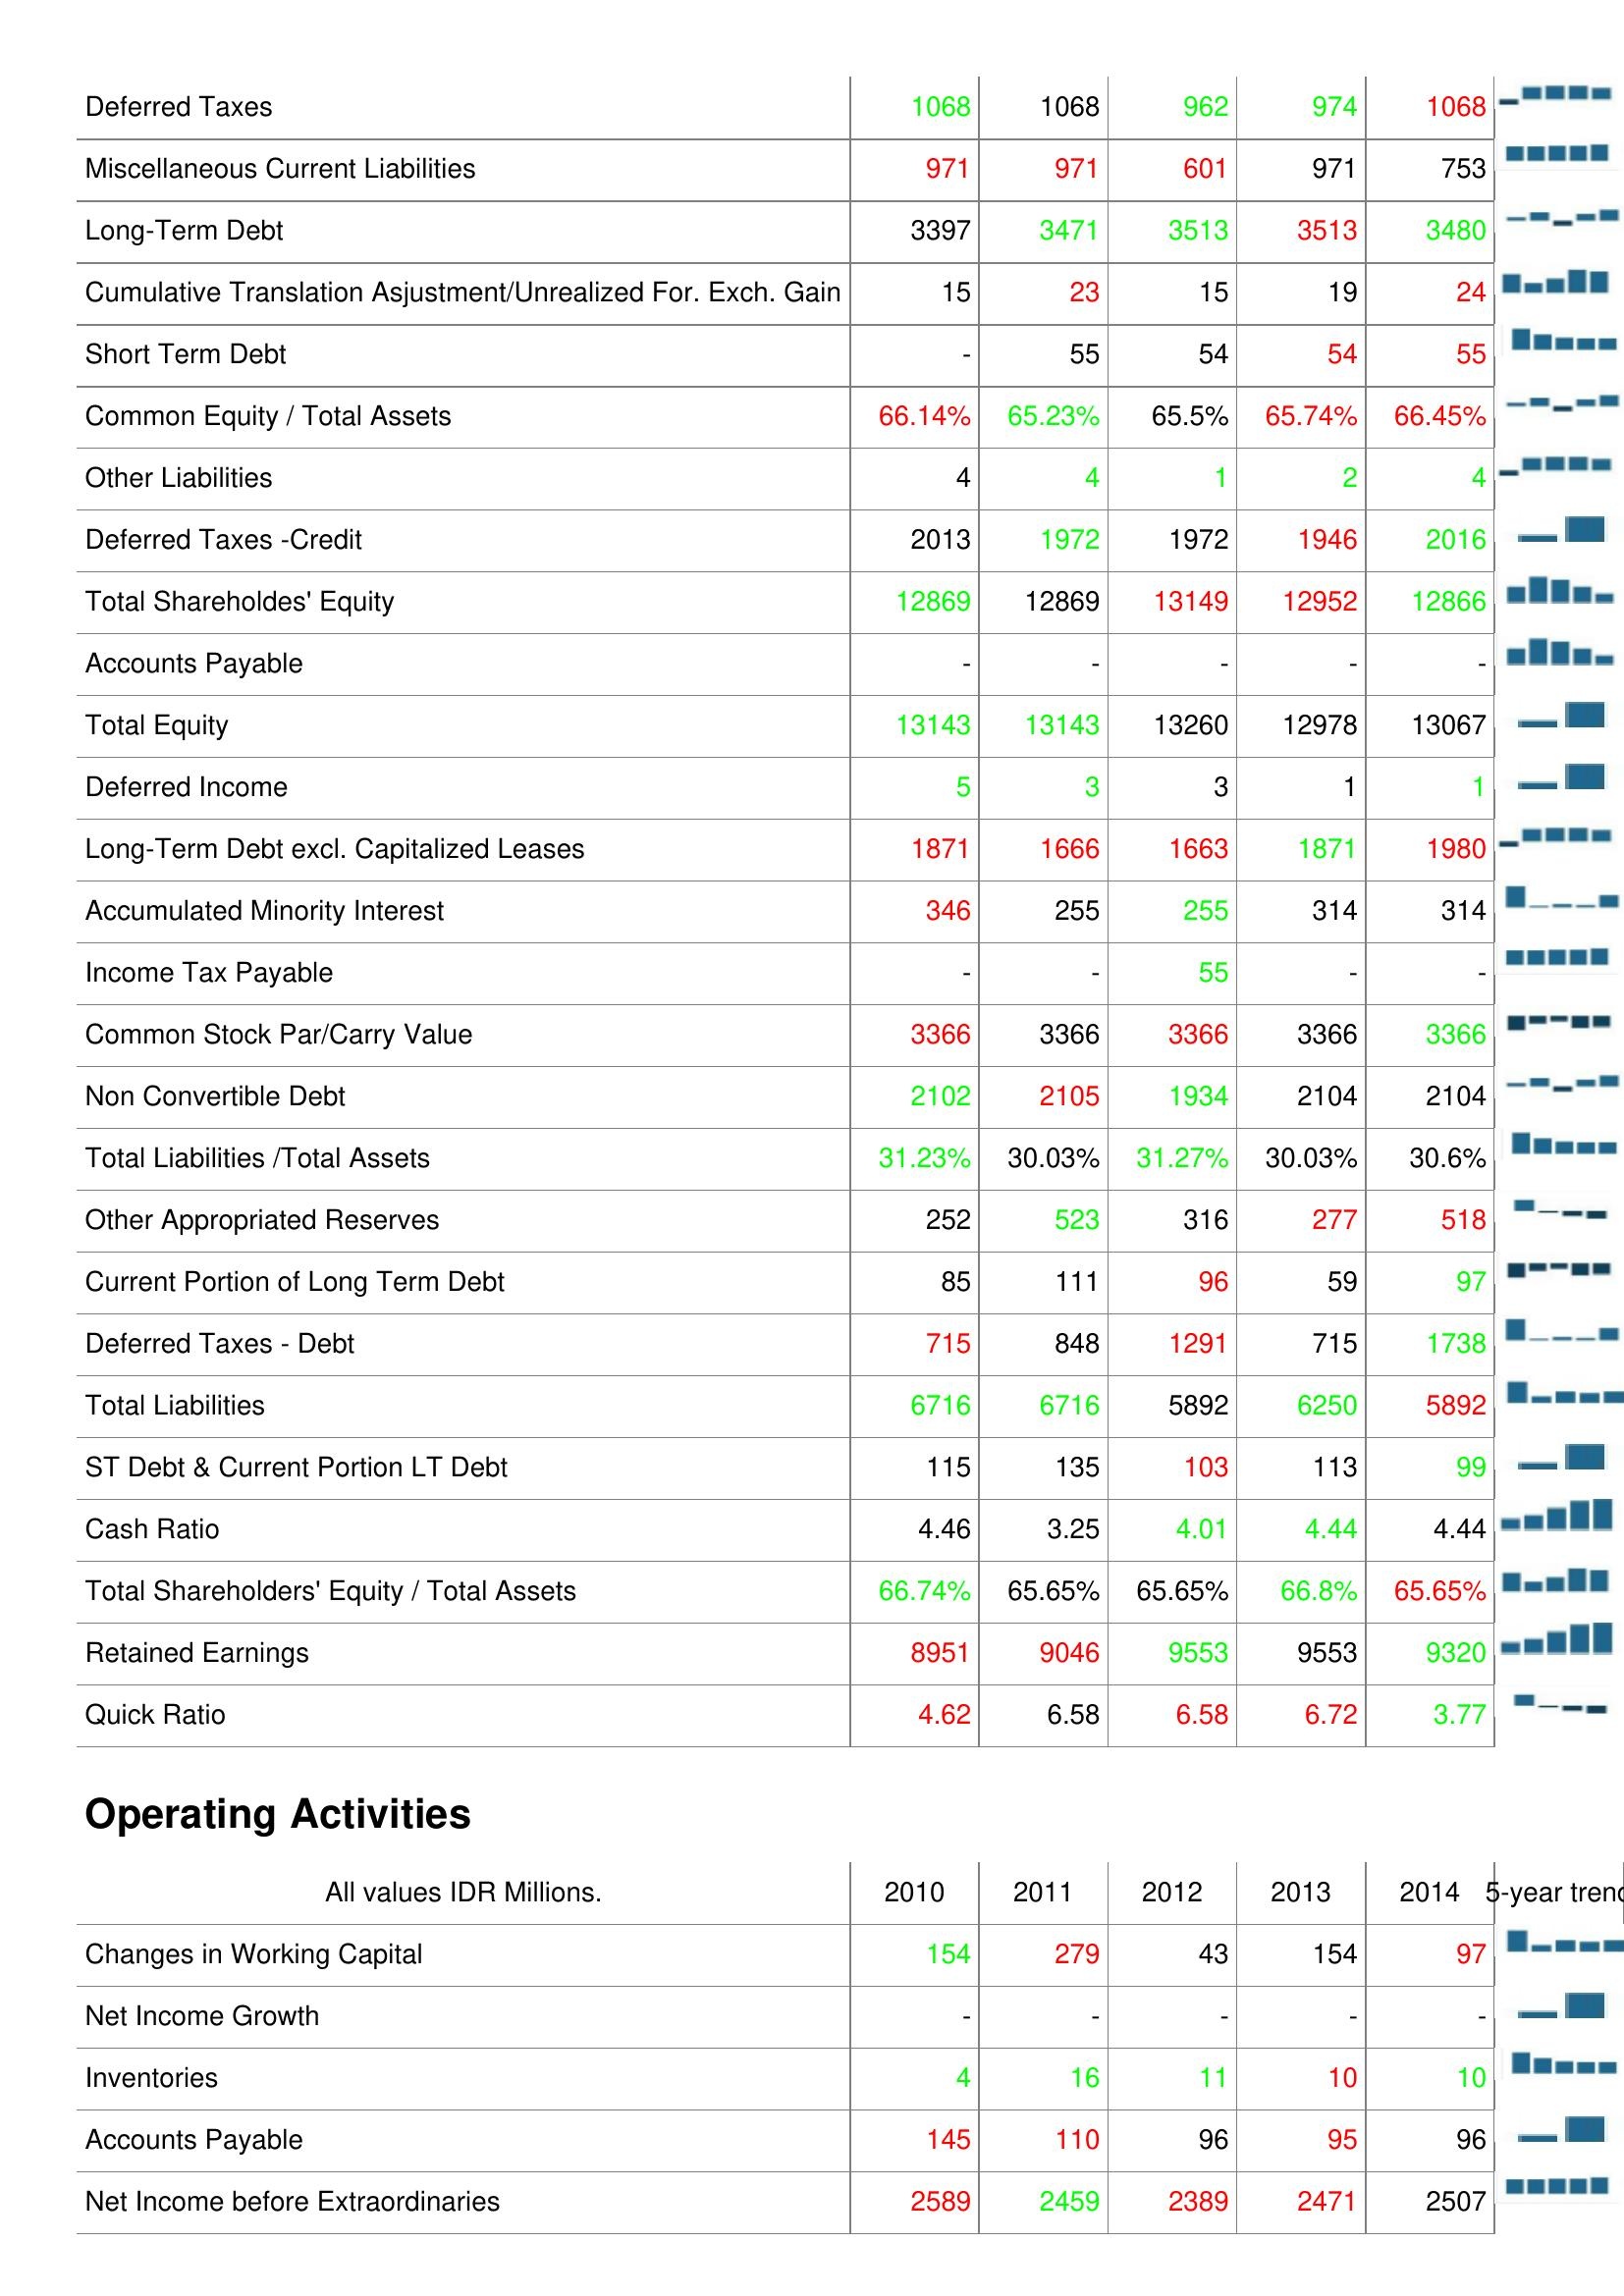
2010: Liabilities & Shareholder's Equity: Deferred Taxes: 1068
Miscellaneous Current Liabilities: 971
Long-Term Debt: 3397
Cumulative Translation Asjustment/Unrealized For. Exch. Gain: 15
Short Term Debt: -
Common Equity / Total Assets: 66.14%
Other Liabilities: 4
Deferred Taxes -Credit: 2013
Total Shareholdes' Equity: 12869
Accounts Payable: -
Total Equity: 13143
Deferred Income: 5
Long-Term Debt excl. Capitalized Leases: 1871
Accumulated Minority Interest: 346
Income Tax Payable: -
Common Stock Par/Carry Value: 3366
Non Convertible Debt: 2102
Total Liabilities /Total Assets: 31.23%
Other Appropriated Reserves: 252
Current Portion of Long Term Debt: 85
Deferred Taxes - Debt: 715
Total Liabilities: 6716
ST Debt & Current Portion LT Debt: 115
Cash Ratio: 4.46
Total Shareholders' Equity / Total Assets: 66.74%
Retained Earnings: 8951
Quick Ratio: 4.62
Operating Activities: Changes in Working Capital: 154
Net Income Growth: -
Inventories: 4
Accounts Payable: 145
Net Income before Extraordinaries: 2589
2011: Liabilities & Shareholder's Equity: Deferred Taxes: 1068
Miscellaneous Current Liabilities: 971
Long-Term Debt: 3471
Cumulative Translation Asjustment/Unrealized For. Exch. Gain: 23
Short Term Debt: 55
Common Equity / Total Assets: 65.23%
Other Liabilities: 4
Deferred Taxes -Credit: 1972
Total Shareholdes' Equity: 12869
Accounts Payable: -
Total Equity: 13143
Deferred Income: 3
Long-Term Debt excl. Capitalized Leases: 1666
Accumulated Minority Interest: 255
Income Tax Payable: -
Common Stock Par/Carry Value: 3366
Non Convertible Debt: 2105
Total Liabilities /Total Assets: 30.03%
Other Appropriated Reserves: 523
Current Portion of Long Term Debt: 111
Deferred Taxes - Debt: 848
Total Liabilities: 6716
ST Debt & Current Portion LT Debt: 135
Cash Ratio: 3.25
Total Shareholders' Equity / Total Assets: 65.65%
Retained Earnings: 9046
Quick Ratio: 6.58
Operating Activities: Changes in Working Capital: 279
Net Income Growth: -
Inventories: 16
Accounts Payable: 110
Net Income before Extraordinaries: 2459
2012: Liabilities & Shareholder's Equity: Deferred Taxes: 962
Miscellaneous Current Liabilities: 601
Long-Term Debt: 3513
Cumulative Translation Asjustment/Unrealized For. Exch. Gain: 15
Short Term Debt: 54
Common Equity / Total Assets: 65.5%
Other Liabilities: 1
Deferred Taxes -Credit: 1972
Total Shareholdes' Equity: 13149
Accounts Payable: -
Total Equity: 13260
Deferred Income: 3
Long-Term Debt excl. Capitalized Leases: 1663
Accumulated Minority Interest: 255
Income Tax Payable: 55
Common Stock Par/Carry Value: 3366
Non Convertible Debt: 1934
Total Liabilities /Total Assets: 31.27%
Other Appropriated Reserves: 316
Current Portion of Long Term Debt: 96
Deferred Taxes - Debt: 1291
Total Liabilities: 5892
ST Debt & Current Portion LT Debt: 103
Cash Ratio: 4.01
Total Shareholders' Equity / Total Assets: 65.65%
Retained Earnings: 9553
Quick Ratio: 6.58
Operating Activities: Changes in Working Capital: 43
Net Income Growth: -
Inventories: 11
Accounts Payable: 96
Net Income before Extraordinaries: 2389
2013: Liabilities & Shareholder's Equity: Deferred Taxes: 974
Miscellaneous Current Liabilities: 971
Long-Term Debt: 3513
Cumulative Translation Asjustment/Unrealized For. Exch. Gain: 19
Short Term Debt: 54
Common Equity / Total Assets: 65.74%
Other Liabilities: 2
Deferred Taxes -Credit: 1946
Total Shareholdes' Equity: 12952
Accounts Payable: -
Total Equity: 12978
Deferred Income: 1
Long-Term Debt excl. Capitalized Leases: 1871
Accumulated Minority Interest: 314
Income Tax Payable: -
Common Stock Par/Carry Value: 3366
Non Convertible Debt: 2104
Total Liabilities /Total Assets: 30.03%
Other Appropriated Reserves: 277
Current Portion of Long Term Debt: 59
Deferred Taxes - Debt: 715
Total Liabilities: 6250
ST Debt & Current Portion LT Debt: 113
Cash Ratio: 4.44
Total Shareholders' Equity / Total Assets: 66.8%
Retained Earnings: 9553
Quick Ratio: 6.72
Operating Activities: Changes in Working Capital: 154
Net Income Growth: -
Inventories: 10
Accounts Payable: 95
Net Income before Extraordinaries: 2471
2014: Liabilities & Shareholder's Equity: Deferred Taxes: 1068
Miscellaneous Current Liabilities: 753
Long-Term Debt: 3480
Cumulative Translation Asjustment/Unrealized For. Exch. Gain: 24
Short Term Debt: 55
Common Equity / Total Assets: 66.45%
Other Liabilities: 4
Deferred Taxes -Credit: 2016
Total Shareholdes' Equity: 12866
Accounts Payable: -
Total Equity: 13067
Deferred Income: 1
Long-Term Debt excl. Capitalized Leases: 1980
Accumulated Minority Interest: 314
Income Tax Payable: -
Common Stock Par/Carry Value: 3366
Non Convertible Debt: 2104
Total Liabilities /Total Assets: 30.6%
Other Appropriated Reserves: 518
Current Portion of Long Term Debt: 97
Deferred Taxes - Debt: 1738
Total Liabilities: 5892
ST Debt & Current Portion LT Debt: 99
Cash Ratio: 4.44
Total Shareholders' Equity / Total Assets: 65.65%
Retained Earnings: 9320
Quick Ratio: 3.77
Operating Activities: Changes in Working Capital: 97
Net Income Growth: -
Inventories: 10
Accounts Payable: 96
Net Income before Extraordinaries: 2507